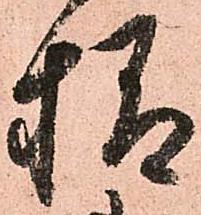
様